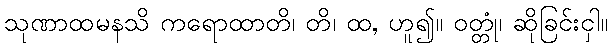
သုဏာထမနသိ ကရောထာတိ၊ တိ၊ ထ, ဟူ၍။ ဝတ္တုံ၊ ဆိုခြင်းငှါ။